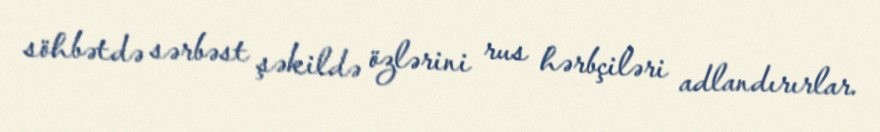
söhbətdə sərbəst şəkildə özlərini rus hərbçiləri adlandırırlar.